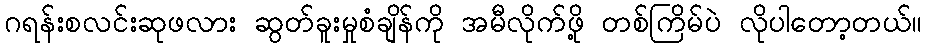
ဂရန်းစလင်းဆုဖလား ဆွတ်ခူးမှုစံချိန်ကို အမီလိုက်ဖို့ တစ်ကြိမ်ပဲ လိုပါတော့တယ်။